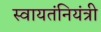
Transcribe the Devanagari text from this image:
स्वायतंनियंत्री